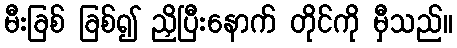
မီးခြစ် ခြစ်၍ ညှိပြီးနောက် တိုင်ကို မှီသည်။